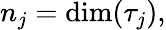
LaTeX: n_{j}=\dim(\tau_{j}),